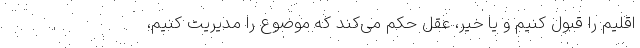
اقلیم را قبول کنیم و یا خیر، عقل حکم می‌کند که موضوع را مدیریت کنیم،